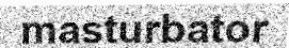
masturbator